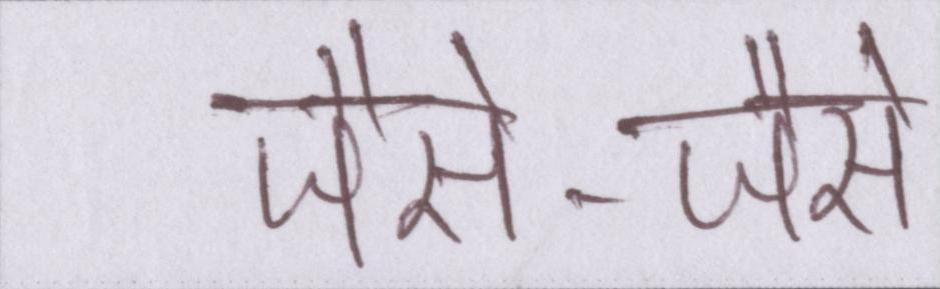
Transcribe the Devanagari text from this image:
जैसे-जैसे